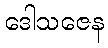
ဒေါသဇေန